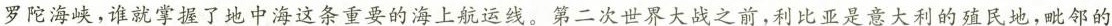
罗陀海峡，谁就掌握了地中海这条重要的海上航运线。第二次世界大战之前，利比亚是意大利的殖民地，毗邻的